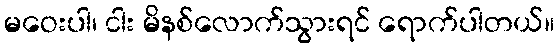
မဝေးပါ၊ ငါး မိနစ်လောက်သွားရင် ရောက်ပါတယ်။